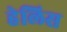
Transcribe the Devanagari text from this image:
हेलिस